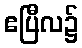
ဧပြီလ၌